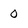
Character: 0